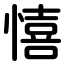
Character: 憘